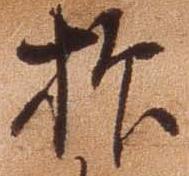
抑